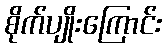
စိုက်ပျိုးကြောင်း